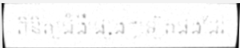
ពិនិត្យជំងឺផ្សេងៗទៀតផងដែរ